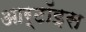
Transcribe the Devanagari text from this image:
आर्टॉइस